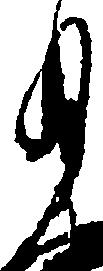
月